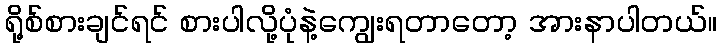
ရို့စ်စားချင်ရင် စားပါလို့ပုံနဲ့ကျွေးရတာတော့ အားနာပါတယ်။